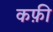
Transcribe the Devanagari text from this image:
कफ़ी